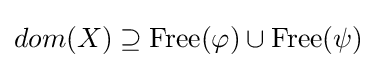
dom(X)\supseteq {\mbox{Free}}(\varphi )\cup {\mbox{Free}}(\psi )